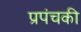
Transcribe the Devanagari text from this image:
प्रपंचकी